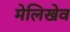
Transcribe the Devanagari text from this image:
मेलिखेव